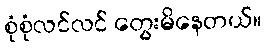
စုံစုံလင်လင် တွေးမိနေတယ်။